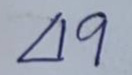
49